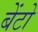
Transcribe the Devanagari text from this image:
बेंटो